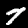
Digit: 7